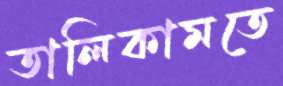
তালিকামতে